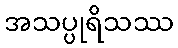
အသပ္ပုရိသဿ